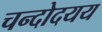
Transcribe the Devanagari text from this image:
चन्दोदयय